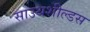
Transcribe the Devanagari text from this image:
साउथशील्डस